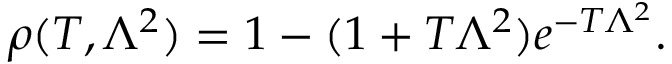
\rho ( T , \Lambda ^ { 2 } ) = 1 - ( 1 + T \Lambda ^ { 2 } ) e ^ { - T \Lambda ^ { 2 } } .